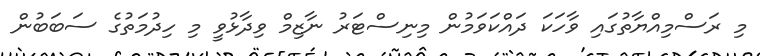
މި ރަސްމިއްޔާތުގައި ވާހަކަ ދައްކަވަމުން މިނިސްޓަރު ނާޒިމް ވިދާޅުވީ މި ހިދުމަތުގެ ސަބަބުން